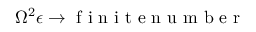
\Omega ^ { 2 } \epsilon \rightarrow \mathrm { ~ f ~ i ~ n ~ i ~ t ~ e ~ n ~ u ~ m ~ b ~ e ~ r ~ }